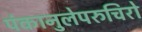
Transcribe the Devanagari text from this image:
पंकानुलेपरुचिरो